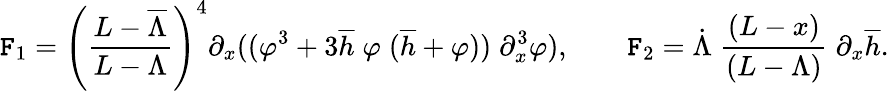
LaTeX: \mathtt{F}_{1}=\left(\frac{{L-\overline{{{\Lambda}}}}}{{L-\Lambda}}\right)^{4}\partial_{x}((\varphi^{3}+3\overline{{{h}}}\; \varphi\; (\overline{{{h}}}+\varphi))\; \partial_{x}^{3}\varphi),\qquad\mathtt{F}_{2}=\dot{{\Lambda}}\; \frac{{(L-x)}}{{(L-\Lambda)}}\; \partial_{x}\overline{{{h}}}.